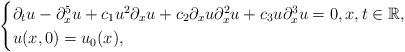
\begin{align*} \begin{cases}\partial_tu - \partial_x^5u+ c_1u^2\partial_xu + c_2\partial_xu\partial_x^2u + c_3u\partial_x^3u = 0,x,t\in\mathbb{R}, \\u(x,0) = u_0(x),\end{cases}\end{align*}